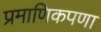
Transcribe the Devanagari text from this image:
प्रमाणिकपणा